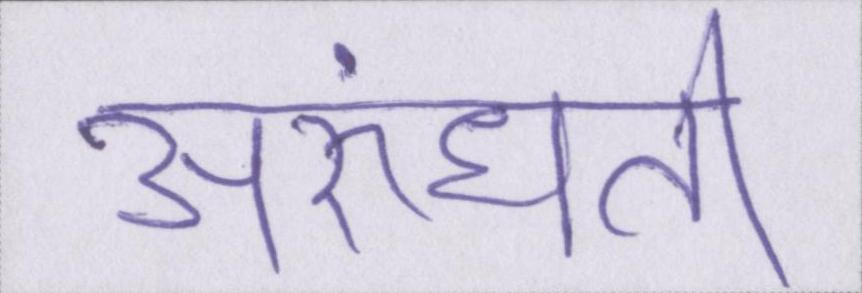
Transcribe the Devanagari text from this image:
अरुंधती